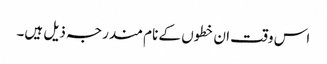
اس وقت ان خطوں کے نام مندرجہ ذیل ہیں۔